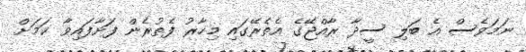
ނަމަވެސް އެ ބަލި ސީދާ ރާއްޖޭގެ އެތެރޭގައި މިހާރު ފެތުރެން ފަށާފައިވާ ކަމަށް